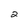
Character: 2